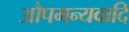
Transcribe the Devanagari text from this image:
औपमन्यवादि